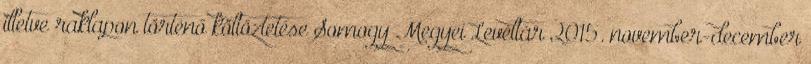
illetve raklapon történő költöztetése Somogy Megyei Levéltár 2015. november-december